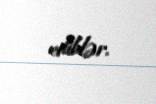
ediblər.